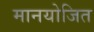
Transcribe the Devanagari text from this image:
मानयोजित